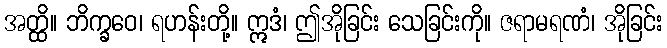
အတ္ထိ။ ဘိက္ခဝေ၊ ရဟန်းတို့။ ဣဒံ၊ ဤအိုခြင်း သေခြင်းကို။ ဇရာမရဏံ၊ အိုခြင်း